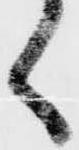
く